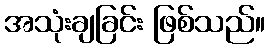
အသုံးချခြင်း ဖြစ်သည်။